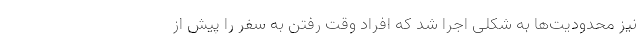
نیز محدودیت‌ها به شکلی اجرا شد که افراد وقت رفتن به سفر را پیش از